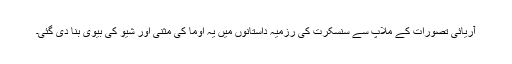
آریائی تصورات کے ملاپ سے سنسکرت کی رزمیہ داستانوں میں یہ اوما کی مثنی اور شیو کی بیوی بنا دی گئی۔